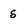
Character: s